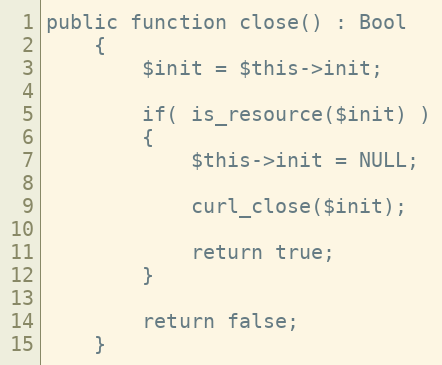
Language: PHP
public function close() : Bool
    {
        $init = $this->init;

        if( is_resource($init) )
        {
            $this->init = NULL;

            curl_close($init);

            return true;
        }

        return false;
    }